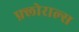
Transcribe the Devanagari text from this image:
फ़्लोराल्स